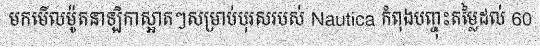
មកមើលម៉ូតនាឡិកាស្អាតៗសម្រាប់បុរសរបស់ Nautica កំពុងបញ្ចុះតម្លៃដល់ 60